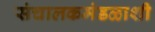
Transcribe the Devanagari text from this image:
संचालकमंडळाशी